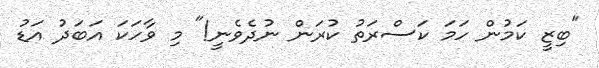
"ބިޒީ ކަމުން ހަމަ ކަސްރަތު ކުރަން ނުދެވެނީ!" މި ވާހަކަ އަބަދު އަޑު